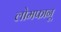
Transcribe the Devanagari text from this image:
लोमफानू